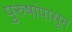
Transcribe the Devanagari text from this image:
पुरुषांपासून